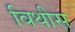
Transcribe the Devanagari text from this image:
विथीस